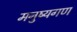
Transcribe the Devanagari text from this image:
मनुष्यगण